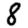
Digit: 8